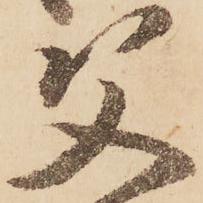
父